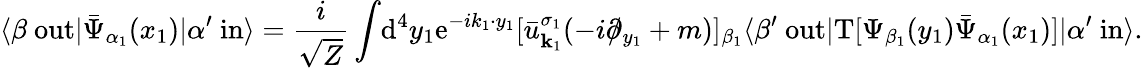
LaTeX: \langle\beta\ \mathrm{out}|{\bar{\Psi}}_{\alpha_{1}}(x_{1})|\alpha^{\prime}\ \mathrm{in}\rangle={\frac{i}{\sqrt{Z}}}\int\! \mathrm{d}^{4}y_{1}\mathrm{e}^{-ik_{1}\cdot y_{1}}[{\bar{u}}_{{\textbf{k}}_{1}}^{\sigma_{1}}(-i\partial\! \! \! /_{y_{1}}+m)]_{\beta_{1}}\langle\beta^{\prime}\ \mathrm{out}|\mathrm{T}[\Psi_{\beta_{1}}(y_{1}){\bar{\Psi}}_{\alpha_{1}}(x_{1})]|\alpha^{\prime}\ \mathrm{in}\rangle.